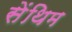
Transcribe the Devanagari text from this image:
सेंथिम